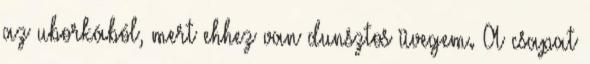
az uborkából, mert ehhez van dunsztos üvegem. A csapat